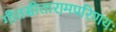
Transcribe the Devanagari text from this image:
गीतसीतारामपरिणयः